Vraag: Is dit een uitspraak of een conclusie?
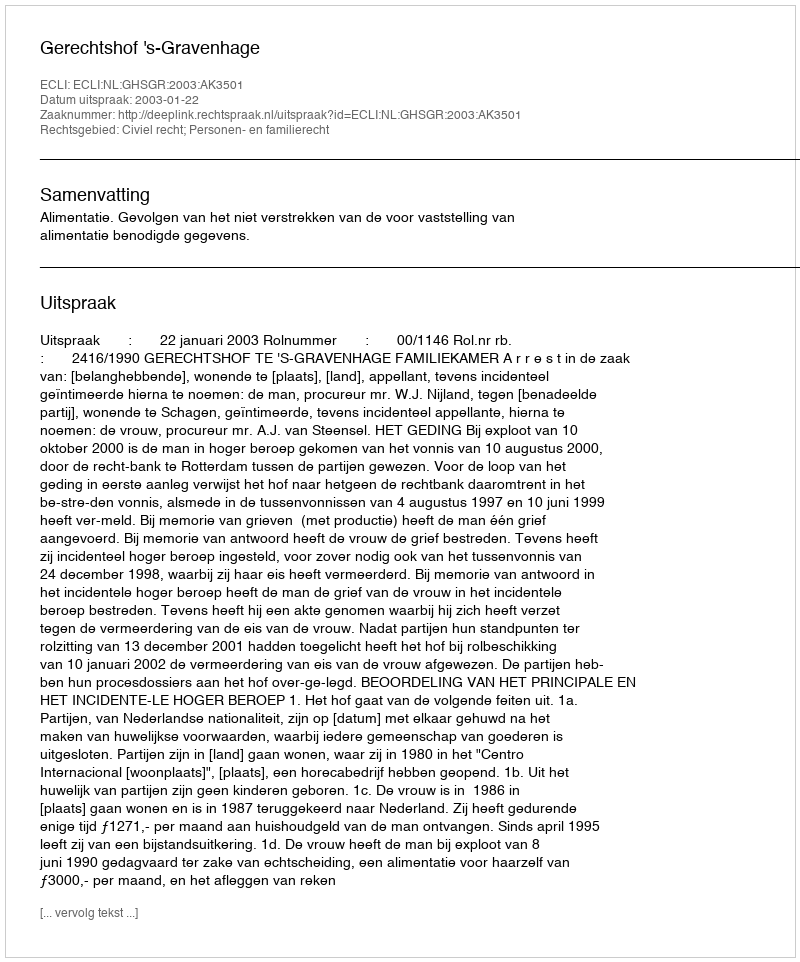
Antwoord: Uitspraak